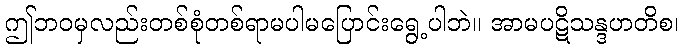
ဤဘဝမှလည်းတစ်စုံတစ်ရာမပါမပြောင်းရွေ့ပါဘဲ။ အာမပဋိသန္ဒဟတိစ၊